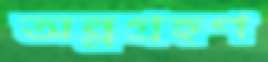
অন্নগ্রহণ